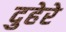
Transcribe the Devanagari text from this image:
दुहेरे